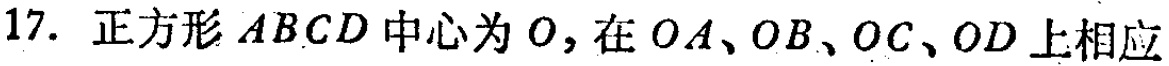
17. 正方形 \(ABCD\) 中心为 \(O\)，在 \(OA\)、\(OB\)、\(OC\)、\(OD\) 上相应